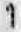
1